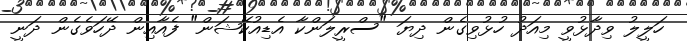
ހަލީލު ވިދާޅުވީ މިއަދު ހުޅުވިގެން ދިޔަ "ސްރީލަންކާ އެޑިއުކޭޝަން" ފެއާއިން ދޭހަވެގެން ދަނީ